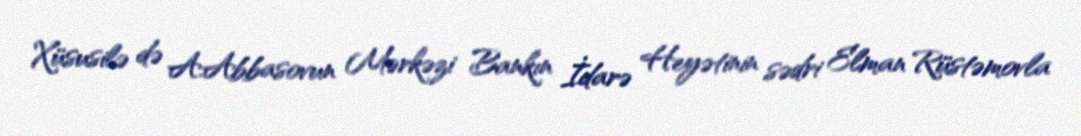
Xüsusilə də A.Abbasovun Mərkəzi Bankın İdarə Heyətinin sədri Elman Rüstəmovla